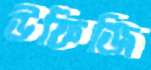
উফিজি